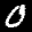
Label: 0